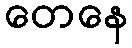
တေနေ